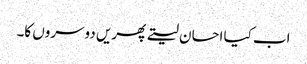
اب کیا احسان لیتے پھریں دوسروں کا۔